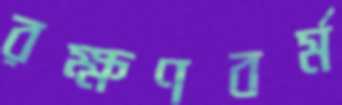
রক্ষণবর্ম